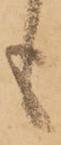
も